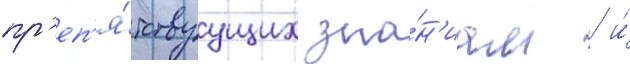
пр'еп'я́тствуущих зна́н'иам / и́